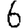
Digit: 6